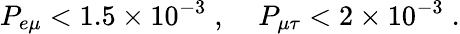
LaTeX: P_{e\mu}<1.5\times 10^{-3}\; ,\; \; \; \; P_{\mu\tau}<2\times 10^{-3}\; .